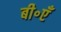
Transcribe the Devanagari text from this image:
बी॰एँ